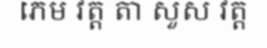
ភេម វត្ត តា សួស វត្ត